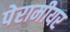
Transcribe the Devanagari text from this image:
पेरामीयर